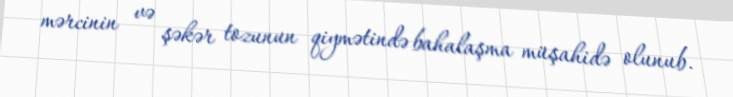
mərcinin və şəkər tozunun qiymətində bahalaşma müşahidə olunub.